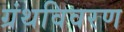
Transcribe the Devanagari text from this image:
ग्रंथविवरण